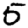
Digit: 5